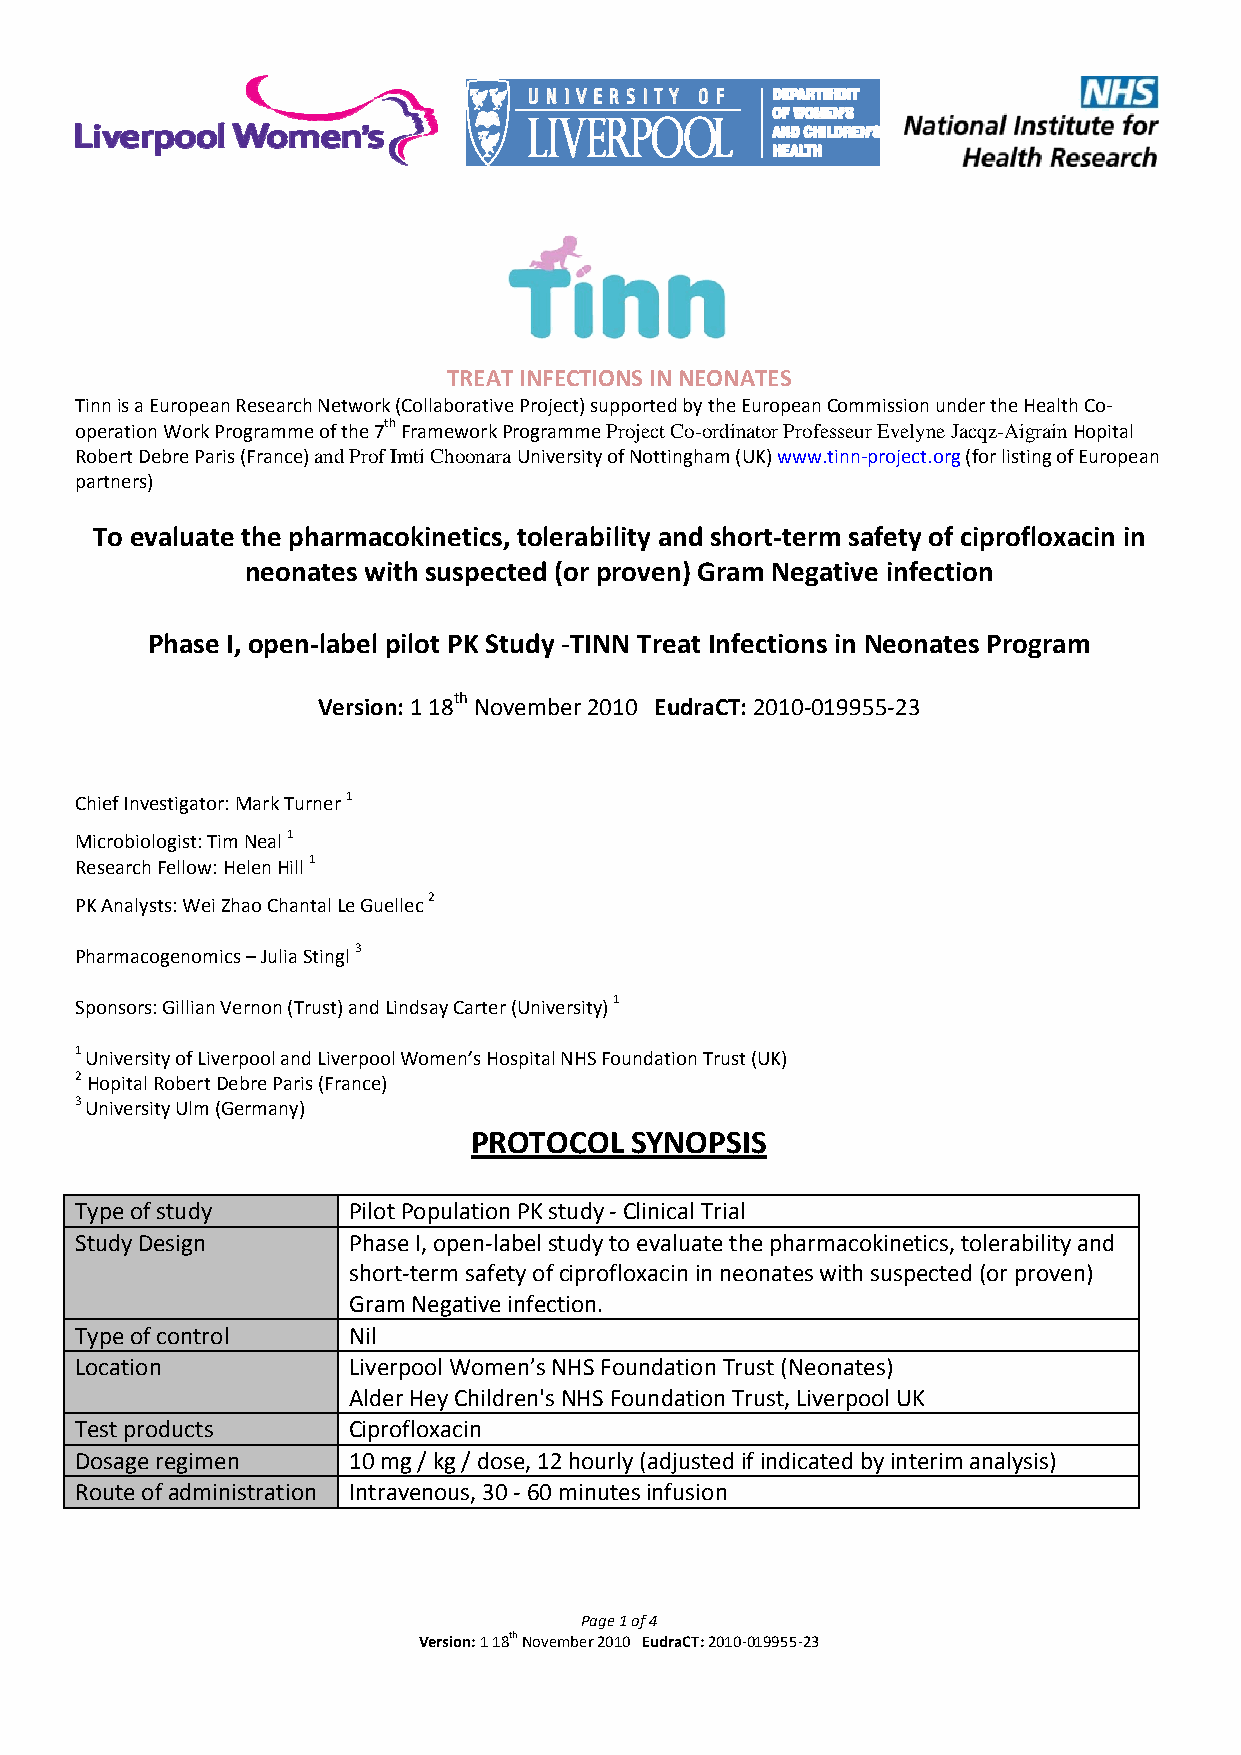
TREAT INFECTIONS IN NEONATES
 Tinn is a European Research Network (Collaborative Project) supported by the European Commission under the Health Co‐
 operation Work Programme of the 7th Framework Programme Project Co-ordinator Professeur Evelyne Jacqz-Aigrain Hopital
 Robert Debre Paris (France) and Prof Imti Choonara University of Nottingham (UK) www.tinn‐project.org (for listing of European
 partners)
 To evaluate the pharmacokinetics, tolerability and short‐term safety of ciprofloxacin in
 neonates with suspected (or proven) Gram Negative infection
 Phase I, open‐label pilot PK Study ‐TINN Treat Infections in Neonates Program
 Version: 1 18th November 2010 EudraCT: 2010‐019955‐23
 Chief Investigator: Mark Turner 1
 Microbiologist: Tim Neal 1
 Research Fellow: Helen Hill 1
 PK Analysts: Wei Zhao Chantal Le Guellec 2
 Pharmacogenomics – Julia Stingl 3
 Sponsors: Gillian Vernon (Trust) and Lindsay Carter (University) 1
 1 University of Liverpool and Liverpool Women’s Hospital NHS Foundation Trust (UK)
 2 Hopital Robert Debre Paris (France)
 3 University Ulm (Germany)
 PROTOCOL   SYNOPSIS
 Type of study     Pilot Population PK study ‐ Clinical Trial
 Study Design      Phase I, open‐label study to evaluate the pharmacokinetics, tolerability and
 short‐term safety of ciprofloxacin in neonates with suspected (or proven)
 Gram Negative infection.
 Type of control   Nil
 Location          Liverpool Women’s NHS Foundation Trust (Neonates)
 Alder Hey Children's NHS Foundation Trust, Liverpool UK
 Test products     Ciprofloxacin
 Dosage regimen    10 mg / kg / dose, 12 hourly (adjusted if indicated by interim analysis)
 Route of administration Intravenous, 30 ‐ 60 minutes infusion
 Page 1 of 4
 Version: 1 18th November 2010 EudraCT: 2010‐019955‐23